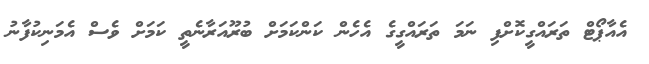
އެއާޕޯޓް ތަރައްގީކޮށްފި ނަމަ ތަރައްގީގެ އެހެން ކަންކަމަށް ބުރޫއަރާނެތީ ކަމަށް ވެސް އެމަނިކުފާނު